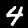
Label: 4